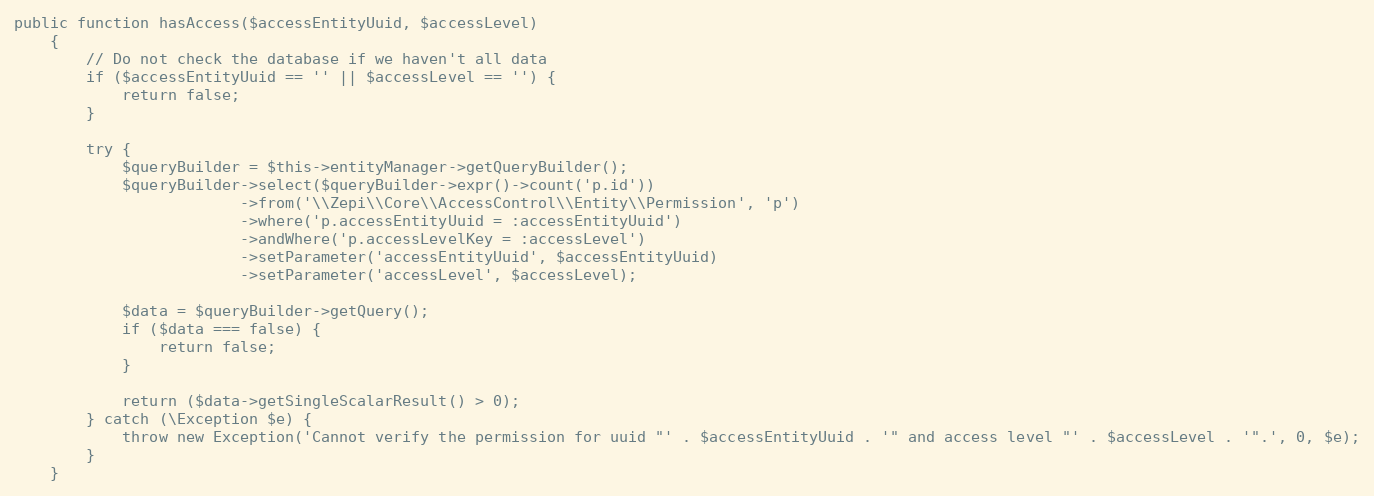
Language: PHP
public function hasAccess($accessEntityUuid, $accessLevel)
    {
        // Do not check the database if we haven't all data
        if ($accessEntityUuid == '' || $accessLevel == '') {
            return false;
        }

        try {
            $queryBuilder = $this->entityManager->getQueryBuilder();
            $queryBuilder->select($queryBuilder->expr()->count('p.id'))
                         ->from('\\Zepi\\Core\\AccessControl\\Entity\\Permission', 'p')
                         ->where('p.accessEntityUuid = :accessEntityUuid')
                         ->andWhere('p.accessLevelKey = :accessLevel')
                         ->setParameter('accessEntityUuid', $accessEntityUuid)
                         ->setParameter('accessLevel', $accessLevel);

            $data = $queryBuilder->getQuery();
            if ($data === false) {
                return false;
            }

            return ($data->getSingleScalarResult() > 0);
        } catch (\Exception $e) {
            throw new Exception('Cannot verify the permission for uuid "' . $accessEntityUuid . '" and access level "' . $accessLevel . '".', 0, $e);
        }
    }